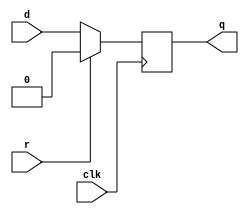
module top_module (
    input clk,
    input d, 
    input r,   // synchronous reset
    output q);
    always @(posedge clk)
        q = r ? 1'b0 : d;
    
endmodule